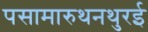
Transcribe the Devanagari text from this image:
पसामारुथनथुरई